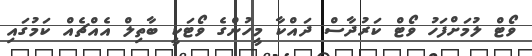
ވޯޓް ލުމަށްފަހު ވޯޓް ކަރުދާސް ދައްކާ މީހުންގެ ވޯޓަކީ ބާތިލް އެއްޗެއް ކަމުގައި